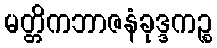
မတ္တိကဘာဇနံခုဒ္ဒကဉ္စ